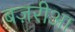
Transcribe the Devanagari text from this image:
बज़रीआ